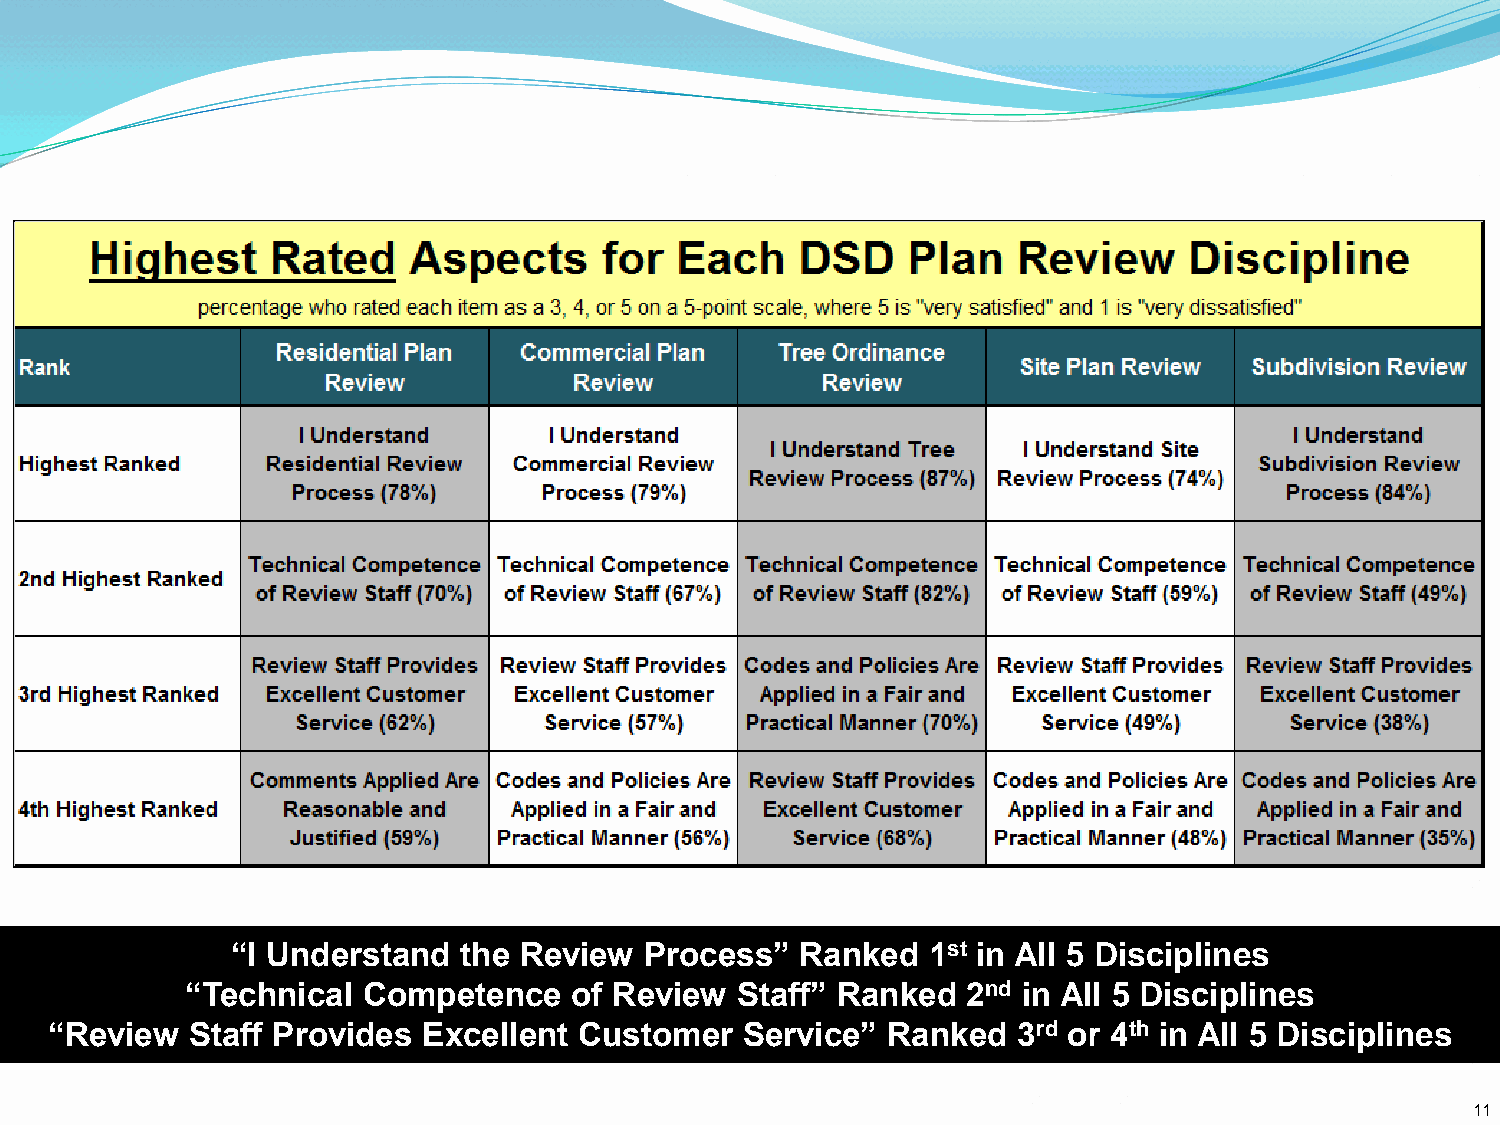
“I Understand  the Review   Process”  Ranked  1st in All 5 Disciplines
 “Technical  Competence    of Review  Staff” Ranked  2nd in All 5 Disciplines
 “Review   Staff Provides Excellent Customer   Service”  Ranked  3rd or 4th in All 5 Disciplines
 11